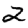
Digit: 2